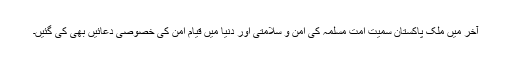
آخر میں ملک پاکستان سمیت امت مسلمہ کی امن و سلامتی اور دنیا میں قیام امن کی خصوصی دعائیں بھی کی گئیں۔